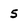
Character: 5